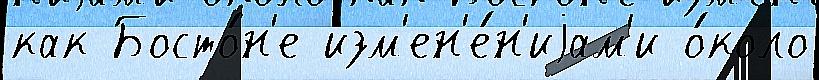
как Босто́н'е изм'ен'е́н'иjам'и о́коло